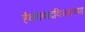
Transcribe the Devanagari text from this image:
हैदराबादविरूद्धच्या